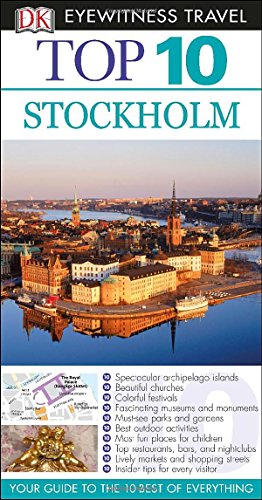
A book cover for Top 10 Stockholm (Eyewitness Top 10 Travel Guide); DK Publishing; Travel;